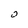
Character: 0